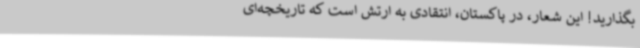
بگذارید!‌ این شعار، در پاکستان، انتقادی به ارتش است که تاریخچه‌ای